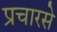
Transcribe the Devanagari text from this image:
प्रचारसे